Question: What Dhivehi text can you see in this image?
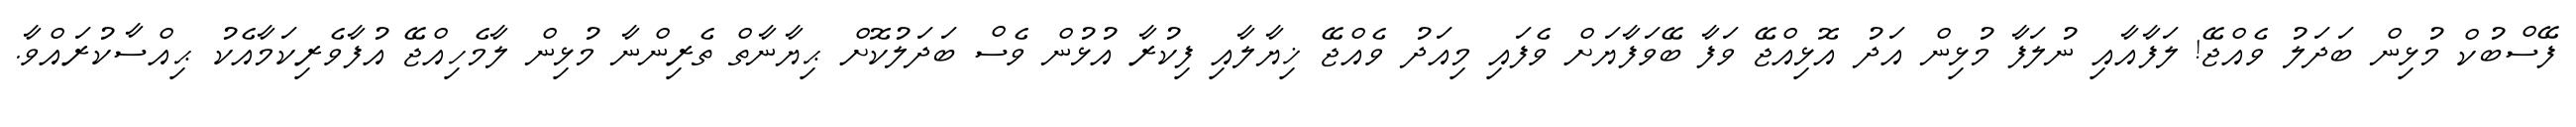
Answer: ފޭސްބުކް މުޅިން ބަދަލު ވެއްޖޭ! ލަފާއާއި ނުލަފާ މުޅިން އަދު އޮޅިއްޖޭ ވަފާ ބޭވަފާޔަށް ވެފައި މިއަދު ވެއްޖޭ ޚިޔާލާއި ފިކުރާ އުޅުން ވެސް ބަދަލުކޮށް ޙިޔާނާތް ތެރިންނާ މުޅިން ލާމެހިއްޖޭ އުފާވެރިކަމާއެކު ޙިއްސާކުރައްވާ.